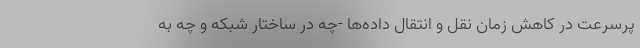
پرسرعت در کاهش زمان نقل و انتقال داده‌ها -چه در ساختار شبکه و چه به